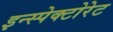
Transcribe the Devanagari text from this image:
इन्स्पेक्टोरेट